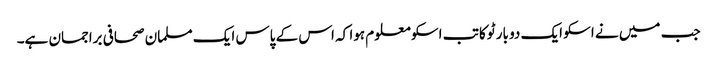
جب میں نے اسکو ایک دو بار ٹوکا تب اسکو معلوم ہوا کہ اس کے پاس ایک مسلمان صحافی براجمان ہے۔